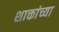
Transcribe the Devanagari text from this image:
शाक्तांच्या